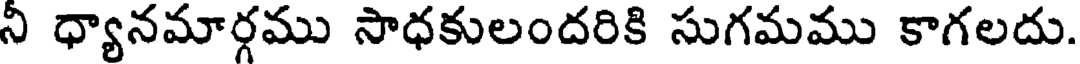
నీ ధ్యానమార్గము సాధకులందరికి సుగమము కాగలదు.